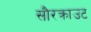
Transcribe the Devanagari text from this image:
सौरक्राउट